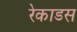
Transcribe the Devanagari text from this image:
रेकाडस